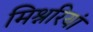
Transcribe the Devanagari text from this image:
मिश्नरियां